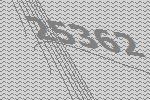
25362